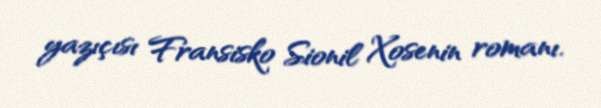
yazıçısı Fransisko Sionil Xosenin romanı.